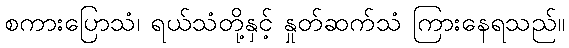
စကားပြောသံ၊ ရယ်သံတို့နှင့် နှုတ်ဆက်သံ ကြားနေရသည်။